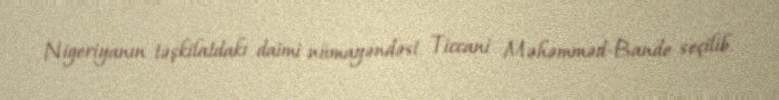
Nigeriyanın təşkilatdakı daimi nümayəndəsi Ticcani Məhəmməd-Bande seçilib.